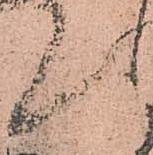
候